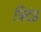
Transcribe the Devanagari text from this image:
त्रिदंड